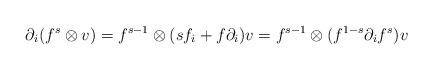
LaTeX: \begin{align*}\partial_i(f^s\otimes v) = f^{s-1}\otimes (sf_i + f\partial_i)v= f^{s-1}\otimes(f^{1-s}\partial_if^s)v\end{align*}